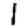
Digit: 1